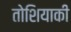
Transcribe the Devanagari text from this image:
तोशियाकी